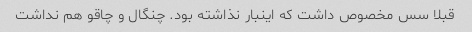
قبلا سس مخصوص داشت که اینبار نذاشته بود. چنگال و چاقو هم نداشت